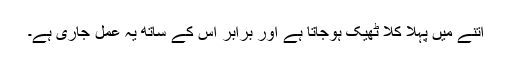
اتنے میں پہلا کلاّ ٹھیک ہوجاتا ہے اور برابر اس کے ساتھ یہ عمل جاری ہے۔